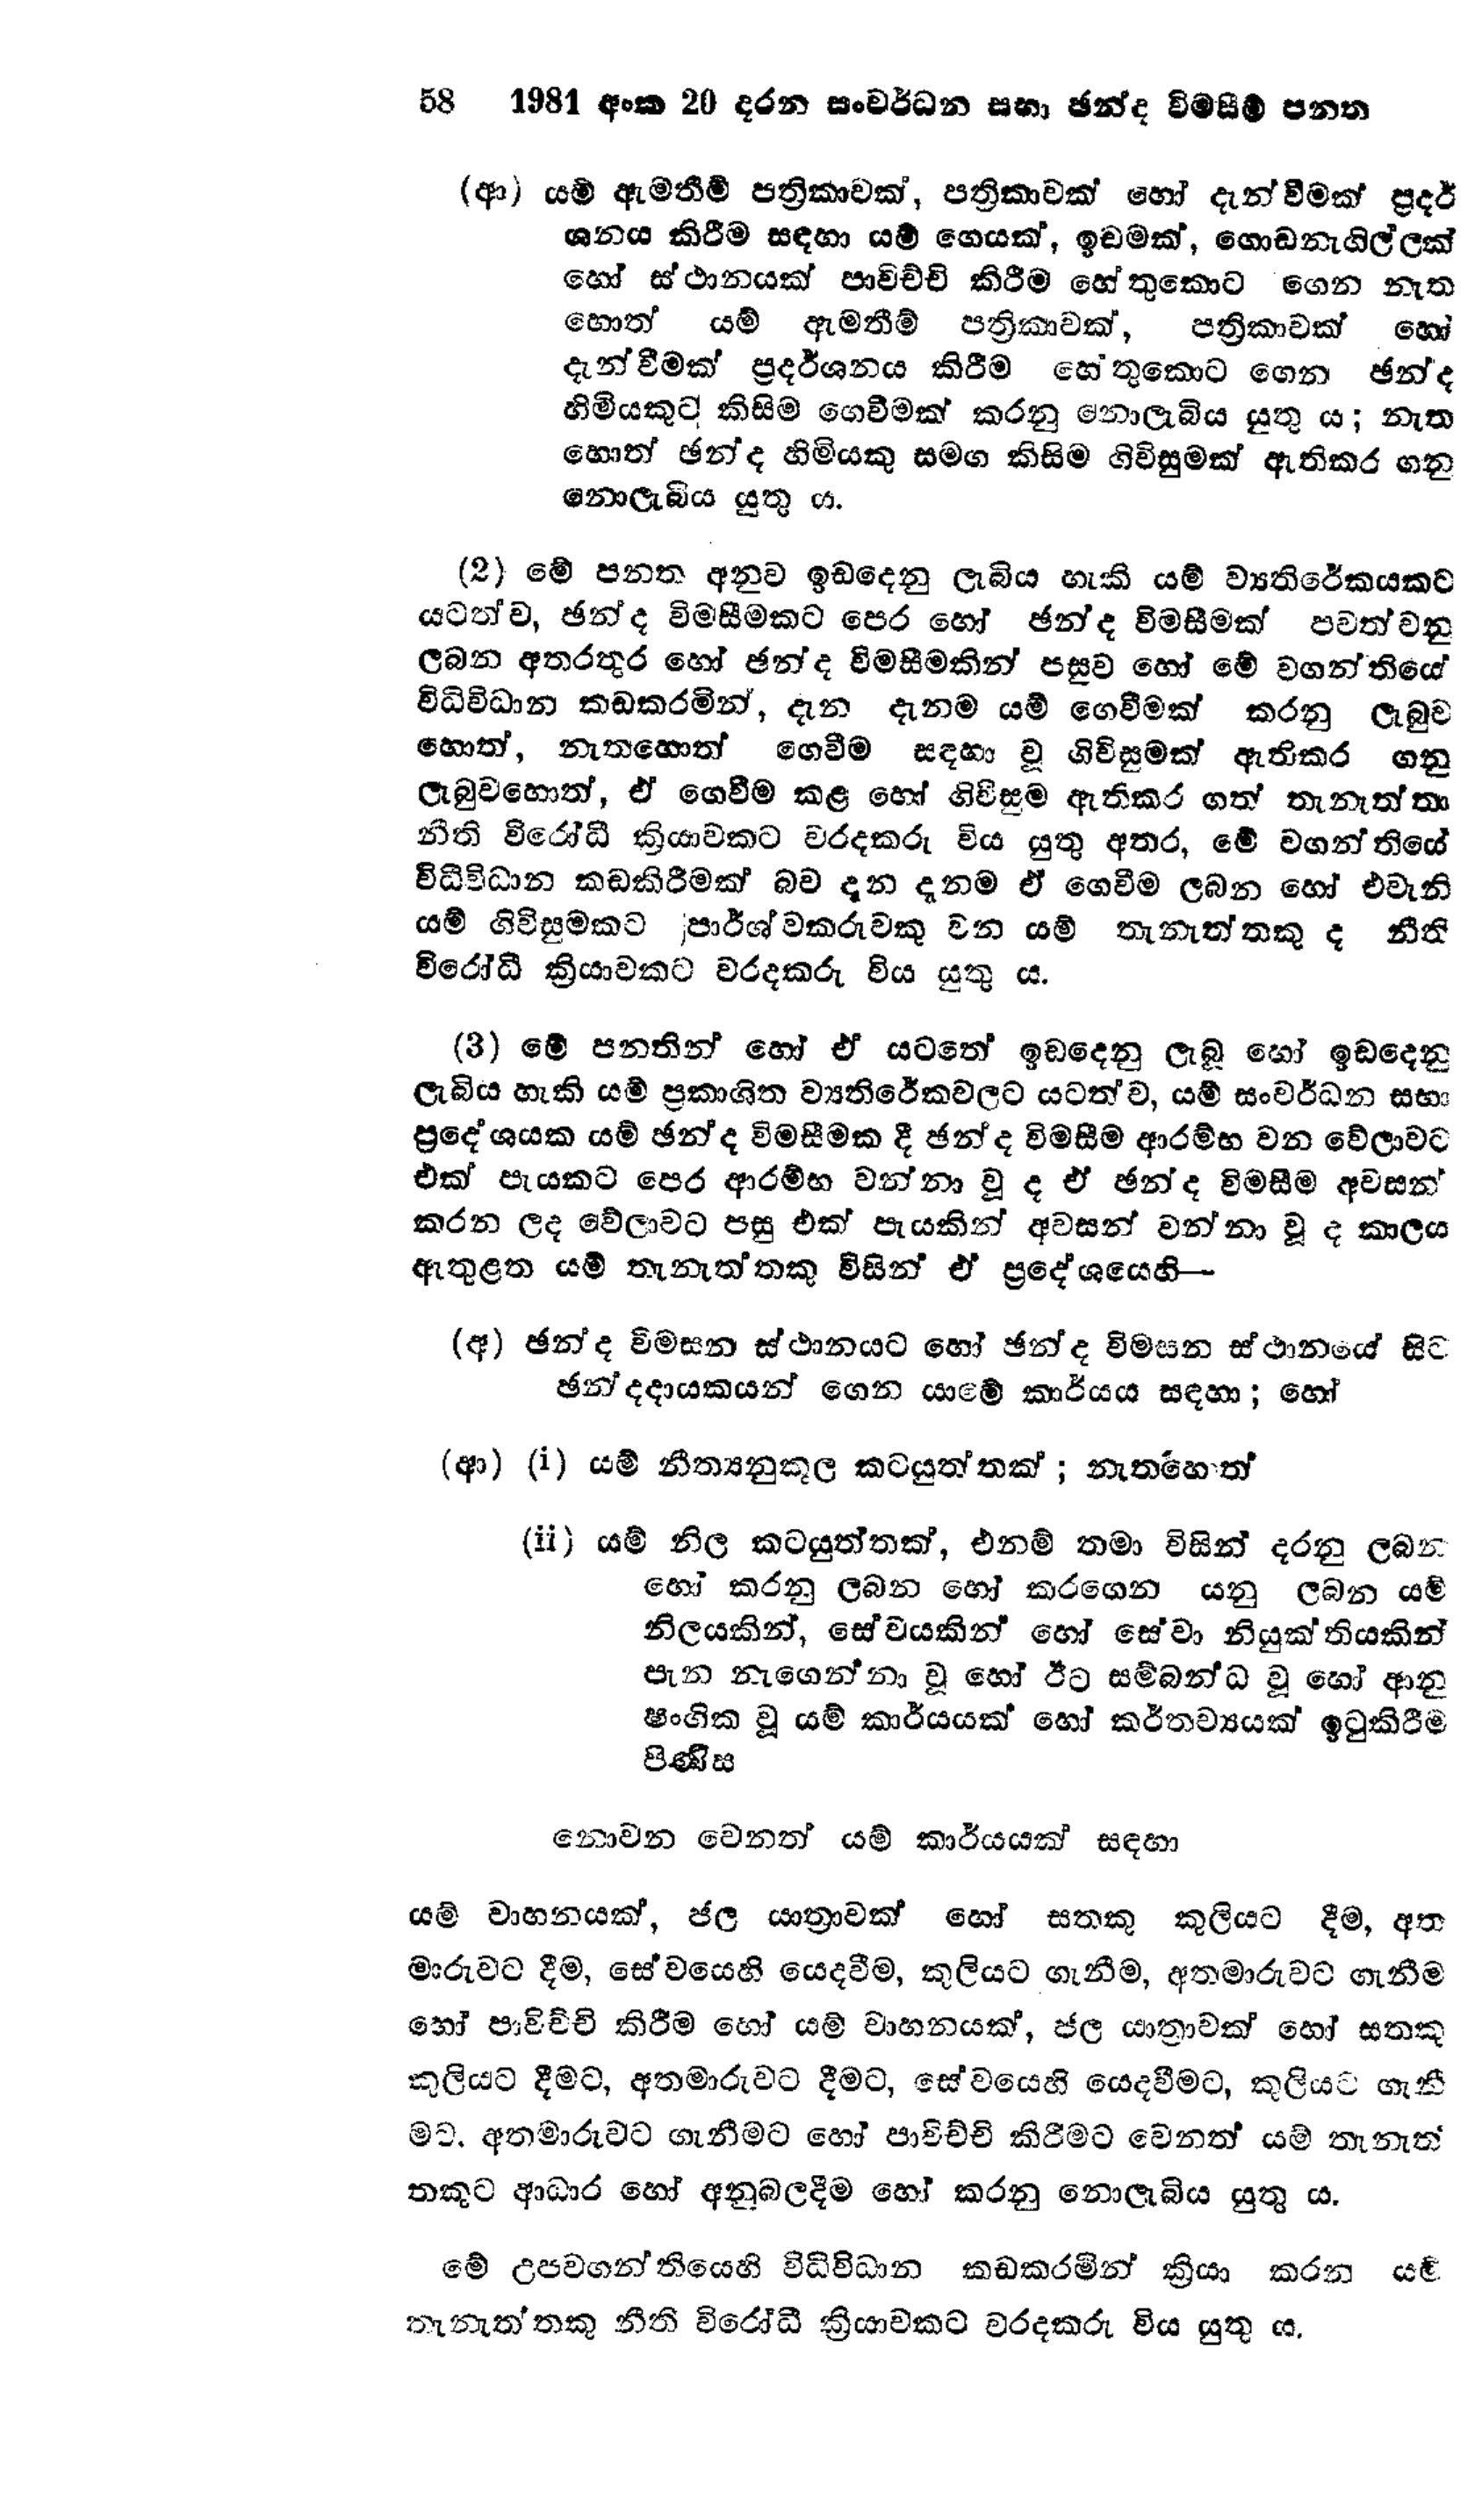
58	1981 අංක 20 දරන සංවර්ධන සභා ඡන්ද විමසීම් පනත

(ආ) යම් ඇමතීම් පත්‍රිකාවක්, පත්‍රිකාවක් හෝ දැන්වීමක් ප්‍රදර්
ශනය කිරීම සඳහා යම් ගෙයක්, ඉඩමක්, ගොඩනැගිල්ලක්
හෝ ස්ථානයක් පාවිච්චි කිරීම හේතුකොට ගෙන නැත
හොත යම් ඇමතීම් පත්‍රිකාවක්, පත්‍රිකාවක් හෝ
දැන්වීමක් ප්‍රදර්ශනය කිරීම හේතුකොට ගෙන ඡන්ද
හිමියකුට කිසිම ගෙවීමක් කරනු නොලැබිය යුතු ය; නැත
හොත් ඡන්ද හිමියකු සමඟ කිසිම ගිවිසුමක් ඇති කර ගනු
නොලැබිය යුතු ය.

(2) මේ පනත අනුව ඉඩ දෙනු ලැබිය හැකි යම් ව්‍යතිරේකයකට
යටත්ව, ඡන්ද විමසීමකට පෙර හෝ ඡන්ද විමසීමක් පවත්වනු
ලබන අතරතුර හෝ ඡන්ද විමසීමකින් පසුව හෝ මේ වගන්තියේ
විධිවිධාන කඩකරමින්, දැන දැනම යම් ගෙවීමක් කරනු ලැබුව
හොත්, නැතහොත් ගෙවීම සඳහා වූ ගිවිසුමක් ඇතිකර ගනු
ලැබුවහොත්, ඒ ගෙවීම කළ හෝ ගිවිසුම ඇති කර ගත් තැනැත්තා
නීති විරෝධී ක්‍රියාවකට වරදකරු විය යුතු අතර, මේ වගන්තියේ
විධිවිධාන කඩකිරීමක් බව දැන දැනම ඒ ගෙවීම ලබන හෝ එවැනි
යම් ගිවිසුමකට පාර්ශ්වකරුවකු වන යම් තැනැත්තකු ද නීති
විරෝධී ක්‍රියාවකට වරදකරු විය යුතුය.

(3) මේ පනතින් හෝ ඒ යටතේ ඉඩදෙනු ලැබූ හෝ ඉඩදෙනු
ලැබිය හැකි යම් ප්‍රකාශිත ව්‍යතිරේකවලට යටත්ව, යම් සංවර්ධන සභා
ප්‍රදේශයක යම් ඡන්ද විමසීමක දී ඡන්ද විමසීම ආරම්භ වන වේලාවට
එක් පැයකට පෙර ආරම්භ වන්නා වූ ද ඒ ඡන්ද විමසීම අවසන්
කරන ලද වේලාවට පසු එක් පැයකින් අවසන් වන්නා වූද කාලය
ඇතුළත යම් තැනැත්තකු විසින් ඒ ප්‍රදේශයෙහි -

(අ) ඡන්ද විමසන ස්ථානයට හෝ ඡන්ද විමසන ස්ථානයේ සිට
ඡන්දදායකයන් ගෙන යාමේ කාර්යය සඳහා; හෝ

(ආ) (i) යම් නීත්‍යනුකූල කටයුත්ත්තක්; නැතහොත්

(ii) යම් නිල කටයුත්තක්, එනම් තමා විසින් දරනු ලබන
හෝ කරනු ලබන හෝ කරගෙන යනු ලබන යම්
නිලයකින්, සේවයකින් හෝ සේවා නියුක්තියකින්
පැන නැගෙන්නා වූ හෝ ඊට සම්බන්ධ වූ හෝ ආනු
ෂංගික වූ යම් කාර්යයක් හෝ කර්තව්‍යයක් ඉටු කිරීම
පිණිස

නොවන වෙනත් යම් කාර්යයක් සඳහා

යම් වාහනයක්, ජල යාත්‍රාවක් හෝ සතකු කුලියට දීම, අත
මාරුවට දීම, සේවයෙහි යෙදවීම, කුලියට ගැනීම, අතමාරුවට ගැනීම
හෝ පාවිච්චි කිරීම හෝ යම් වාහනයක්, ජල යාත්‍රාවක් හෝ සතකු
කුලියට දීමට, අතමාරුවට දීමට, සේවයෙහි යෙදවීමට, කුලියට ගැනී
මට, අතමාරුවට ගැනීමට හෝ පාවිච්චි කිරීමට වෙනත් යම් තැනැත්
තකුට ආධාර හෝ අනුබලදීම හෝ කරනු නොලැබිය යුතු ය.

මේ උපවගන්තියෙහි විධිවිධාන කඩකරමින් ක්‍රියා කරන යම්
තැනැත්තකු නීති විරෝධී ක්‍රියාවකට වරදකරු විය යුතුය.